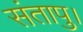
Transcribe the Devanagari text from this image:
संतापु।